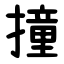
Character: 撞